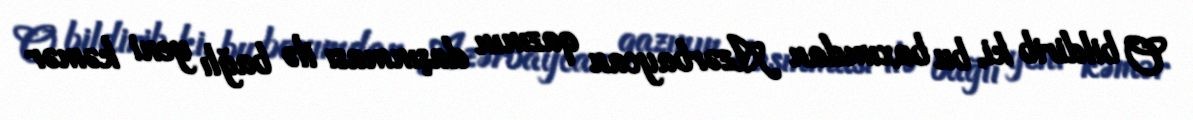
O bildirib ki, bu baxımdan Azərbaycan qazının daşınması ilə bağlı yeni kəmər